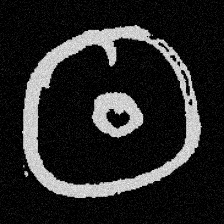
Pyu character \u2014 Myanmar letter: ထ (romanized: tha)